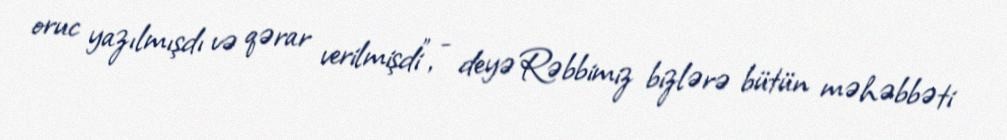
oruc yazılmışdı və qərar verilmişdi”, - deyə Rəbbimiz bizlərə bütün məhəbbəti